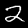
Label: 2